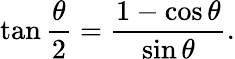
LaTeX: \tan{\frac{\theta}{2}}={\frac{1-\cos\theta}{\sin\theta}}.